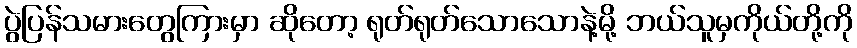
ပွဲပြန်သမားတွေကြားမှာ ဆိုတော့ ရုတ်ရုတ်သောသောနဲ့မို့ ဘယ်သူမှကိုယ်တို့ကို